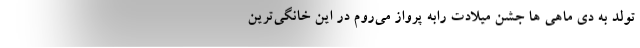
تولد به دی ماهی ها جشن میلادت رابه پرواز می‌روم در این خانگی‌ترین